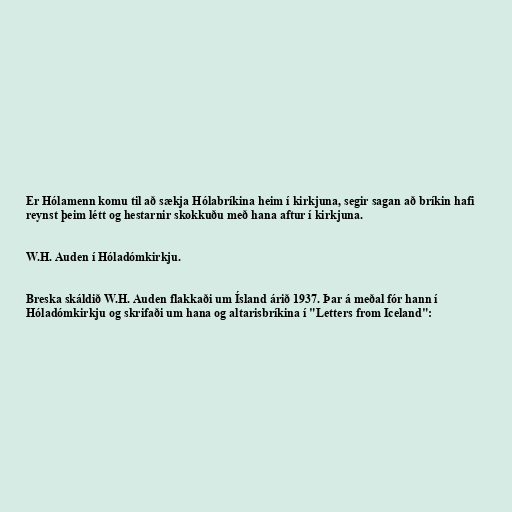
Er Hólamenn komu til að sækja Hólabríkina heim í kirkjuna, segir sagan að bríkin hafi
reynst þeim létt og hestarnir skokkuðu með hana aftur í kirkjuna.

W.H. Auden í Hóladómkirkju.

Breska skáldið W.H. Auden flakkaði um Ísland árið 1937. Þar á meðal fór hann í
Hóladómkirkju og skrifaði um hana og altarisbríkina í "Letters from Iceland":